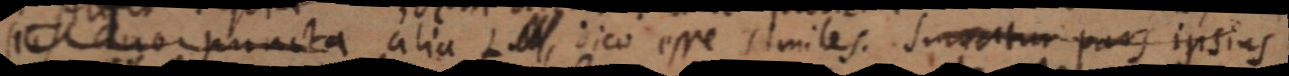
_ duo puncta alia L _, dico esse similes. Sumatur pars ipsius